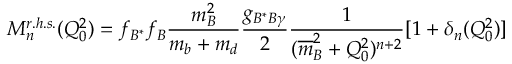
M _ { n } ^ { r . h . s . } ( Q _ { 0 } ^ { 2 } ) = f _ { B ^ { \ast } } f _ { B } { \frac { m _ { B } ^ { 2 } } { m _ { b } + m _ { d } } } { \frac { g _ { B ^ { \ast } B \gamma } } { 2 } } { \frac { 1 } { ( { \overline { { m } } } _ { B } ^ { 2 } + Q _ { 0 } ^ { 2 } ) ^ { n + 2 } } } [ 1 + \delta _ { n } ( Q _ { 0 } ^ { 2 } ) ]